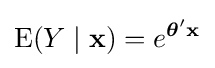
\operatorname {E} (Y\mid \mathbf {x} )=e^{{\boldsymbol {\theta }}'\mathbf {x} }